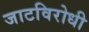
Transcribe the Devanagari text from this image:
जाटविरोधी